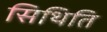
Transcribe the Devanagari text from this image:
सिथिति